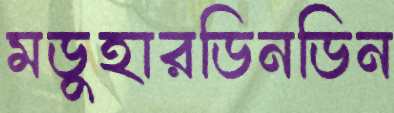
মডুহারডিনডিন